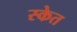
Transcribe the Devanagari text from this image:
स्केत